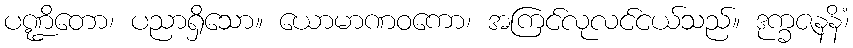
ပဏ္ဍိတော၊ ပညာရှိသော။ ယောမာဏဝကော၊ အကြင်လုလင်ငယ်သည်။ ဒုက္ခဇနနိံ၊